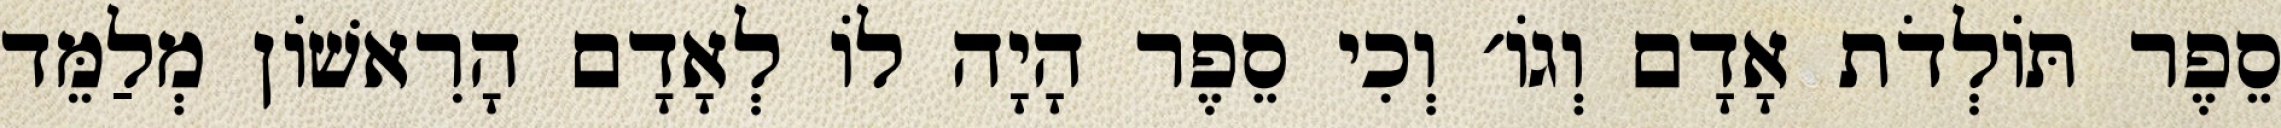
סֵפֶר תּוֹלְדֹת אָדָם וְגוֹ׳ וְכִי סֵפֶר הָיָה לוֹ לְאָדָם הָרִאשׁוֹן מְלַמֵּד